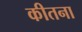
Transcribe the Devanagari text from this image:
कीतना